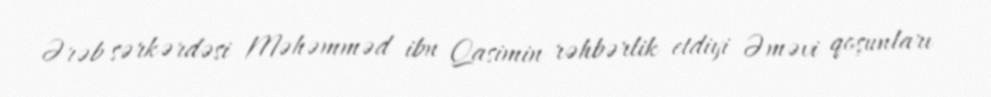
Ərəb sərkərdəsi Məhəmməd ibn Qasimin rəhbərlik etdiyi Əməvi qoşunları